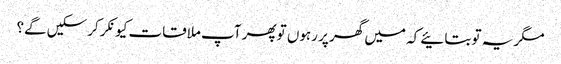
مگر یہ تو بتائیے کہ میں گھر پر رہوں تو پھر آپ ملاقات کیونکر کرسکیں گے؟